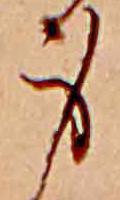
身